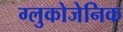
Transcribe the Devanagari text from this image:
ग्लुकोजेनिक